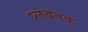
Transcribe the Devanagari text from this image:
प्लंबतक